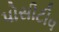
પોસીટીવ